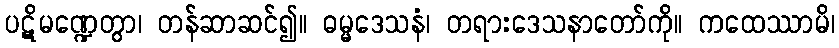
ပဋိမဏ္ဍေတွာ၊ တန်ဆာဆင်၍။ ဓမ္မဒေသနံ၊ တရားဒေသနာတော်ကို။ ကထေဿာမိ၊